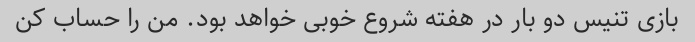
بازی تنیس دو بار در هفته شروع خوبی خواهد بود. من را حساب کن